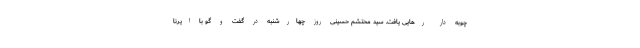
چوبه دار رهایی یافت. سید محتشم حسینی روز چهارشنبه در گفت و گو با ایرنا